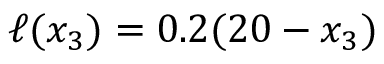
\ell ( x _ { 3 } ) = 0 . 2 ( 2 0 - x _ { 3 } )